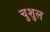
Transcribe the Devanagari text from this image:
चुशुल